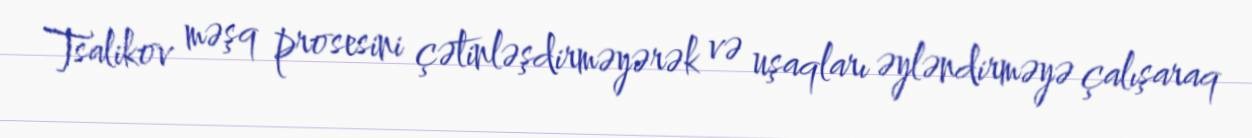
Tsalikov məşq prosesini çətinləşdirməyərək və uşaqları əyləndirməyə çalışaraq